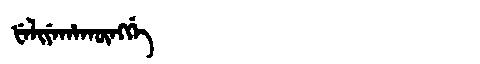
Manchu: ᡶᡝᠯᡳᠶᡝᡥᠠᡴᡡᠩᡤᡝ
Romanization: FELIYEHAKŪNGGE